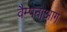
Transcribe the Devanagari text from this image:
वैम्पेनोआग